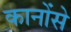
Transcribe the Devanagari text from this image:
कानोंसे